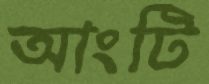
আংটি